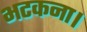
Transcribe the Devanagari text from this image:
भटकना।